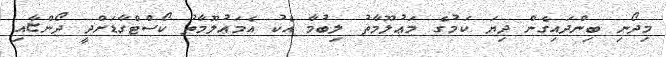
މިދޯނި ބިންދައިގެން ދިޔަ ކަމުގެ މަޢުލޫމާތު ލިބުމާ އެކު އެމަޢުލޫމާތު ކޯސްޓްގާޑަށްދީ ދޯންޏާއި